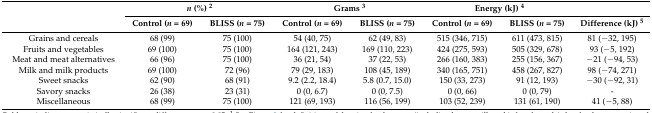
| <ROWSPAN=2>  | <COLSPAN=2> n (%) 2 | <COLSPAN=2> Grams 3 | <COLSPAN=2> Energy (kJ) 4 |  |
 | Control (n = 69) | BLISS (n = 75) | Control (n = 69) | BLISS (n = 75) | Control (n = 69) | BLISS (n = 75) | Difference (kJ) 5 |
 | --- | --- | --- | --- | --- | --- | --- | --- |
 | Grains and cereals | 68 (99) | 75 (100) | 54 (40, 75) | 62 (49, 83) | 515 (346, 715) | 611 (473, 815) | 81 (−32, 195) |
 | Fruits and vegetables | 69 (100) | 75 (100) | 164 (121, 243) | 169 (110, 223) | 424 (275, 593) | 505 (329, 678) | 93 (−5, 192) |
 | Meat and meat alternatives | 66 (96) | 75 (100) | 36 (21, 54) | 37 (22, 53) | 266 (160, 383) | 255 (156, 367) | −21 (−94, 53) |
 | Milk and milk products | 69 (100) | 72 (96) | 79 (29, 183) | 108 (45, 189) | 340 (165, 751) | 458 (267, 827) | 98 (−74, 271) |
 | Sweet snacks | 62 (90) | 68 (91) | 9.2 (2.2, 18.4) | 5.8 (0.7, 15.0) | 150 (33, 273) | 91 (12, 193) | −30 (−92, 31) |
 | Savory snacks | 26 (38) | 23 (31) | 0 (0, 6.7) | 0 (0, 7.5) | 0 (0, 66) | 0 (0, 79) | - |
 | Miscellaneous | 68 (99) | 75 (100) | 121 (69, 193) | 116 (56, 199) | 103 (52, 239) | 131 (61, 190) | 41 (−5, 88) |